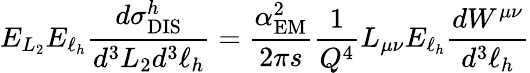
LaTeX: E_{L_{2}}E_{\ell_{h}}\frac{d\sigma_{\mathrm{DIS}}^{h}}{d^{3}L_{2}d^{3}\ell_{h}}=\frac{\alpha_{\mathrm{EM}}^{2}}{2\pi s}\frac{1}{Q^{4}}L_{\mu\nu}E_{\ell_{h}}\frac{dW^{\mu\nu}}{d^{3}\ell_{h}}